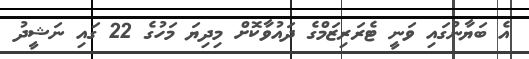
އެ ބަޔާނުގައި ވަނީ ޓެރަރިޒަމްގެ ދައުވާކޮށް މިދިޔަ މަހުގެ 22 ގައި ނަޝީދު